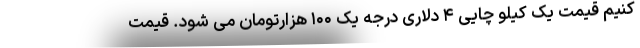
کنیم قیمت یک کیلو چایی ۴ دلاری درجه یک ۱۰۰ هزارتومان می شود. قیمت